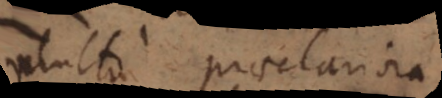
multo praeclariora